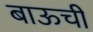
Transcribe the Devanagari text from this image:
बाऊची